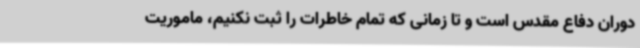
دوران دفاع مقدس است و تا زمانی که تمام خاطرات را ثبت نکنیم، ماموریت